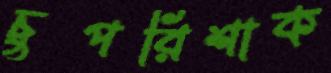
চুপরিশাক